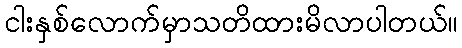
ငါးနှစ်လောက်မှာသတိထားမိလာပါတယ်။